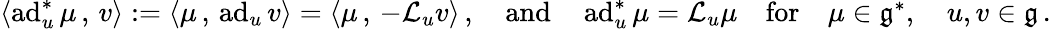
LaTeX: \begin{array}{r}{\left<\operatorname{ad}_{u}^{*}\mu\, ,\, v\right>:=\left<\mu\, ,\, \operatorname{ad}_{u}v\right>=\left<\mu\, ,\, -{\cal L}_{u}v\right>\, ,\quad\mathrm{and}\quad\operatorname{ad}_{u}^{*}\mu={\cal L}_{u}\mu\quad\mathrm{for}\quad\mu\in\mathfrak{g}^{*},\quad u,v\in\mathfrak{g}\, .}\end{array}